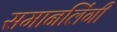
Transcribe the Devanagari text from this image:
समानलिंगी